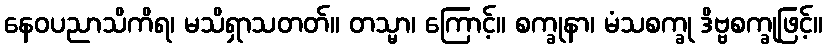
နေဝပညာသိကိရ၊ မသိရှာသတတ်။ တသ္မာ၊ ကြောင့်။ စက္ခုနာ၊ မံသစက္ခု ဒိဗ္ဗစက္ခုဖြင့်။